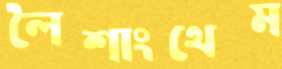
লৈশাংথেম